Annual report on the Civil Veterinary Department, Burma (including the Insein Veterinary School) - 1923-1931
Year: 1923
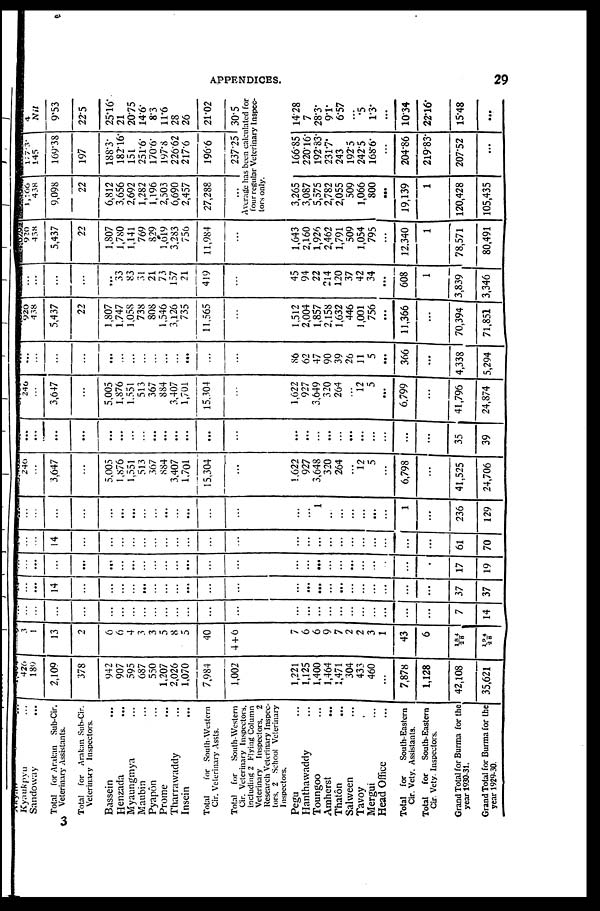
APPENDICES.
29
Kyaukpyu ...
Sandoway ...
Total for Arakan
Sub-Cir.
Veterinary Assistants.
Total for Arakan Sub-Cir.
Veterinary Inspectors.
Bassein ...
Henzada ...
Myaungmya ...
Maubin ...
Pyapôn ...
Prome ...
Tharrawaddy ...
Insein ...
Total
for South-Western
Cir. Veterinary Assts.
Total for
South-Western
Cir. Veterinary Inspectors.
including 2 Flying Column
Veterinary Inspectors. 2
Research Veterinary Inspec-
tors. 2 School Veterinary
Inspectors.
Pegu ...
Hanthawaddy ...
Toungoo ...
Amherst ...
Thatôn ...
Salween ...
Tavoy ...
Mergui ...
Head Office ...
Total for South-Eastern
Cir. Vety. Assistants.
Total
for
South-Eastern
Cir. Vety. Inspectors.
Grand Total for Burma for the
year 1930-31.
Grand Total for Burma for the
year 1929- 30.
426
180
2,109
378
942
907
595
687
550
1,207
2,026
1,070
7,984
1,002
1,221
1,125
1,400
1,464
1,471
304
433
460
...
7,878
1,128
42,108
35,621
3
1
13
2
6
6
4
3
3
5
8
5
40
4 + 6
7
6
6
9
7
2
2
3
1
43
6
1 8 4/2 8
1 9 4 / 2 8
...
...
...
...
...
...
...
...
...
...
...
...
...
...
...
...
...
...
...
...
...
...
...
...
...
7
14
...
...
14
...
...
...
...
...
...
...
...
...
...
...
...
...
...
...
...
...
...
...
...
...
...
37
37
...
...
...
...
...
...
...
...
...
...
...
...
...
...
...
...
...
...
...
...
...
...
...
...
...
17
19
...
...
14
...
...
...
...
...
...
...
...
...
...
...
...
...
...
...
...
...
...
...
...
...
...
61
70
...
...
...
...
...
...
...
...
...
...
...
...
...
...
...
...
1
...
...
...
...
...
...
1
...
236
129
246
...
3,647
...
5,005
1,876
1,551
513
367
884
3,407
1,701
15,304
...
1,622
927
3,648
320
264
...
12
5
...
6,798
...
41,525
24,706
...
...
...
...
...
...
...
...
...
...
...
...
...
...
...
...
...
...
...
...
...
...
...
...
35
39
246
...
3,647
...
5,005
1,876
1,551
513
367
884
3,407
1,701
15,304
...
1,622
927
3,649
320
264
...
12
5
...
6.799
...
41,796
24,874
...
...
...
...
...
...
...
...
...
...
...
...
...
... ...
86
62
47
90
39
26
11
5
...
366
...
4,338
5,294
920
438
5,437
22
1,807
1,747
1,058
738
808
1,546
3,126
735
11,565
1,512
2,004
1,857
2,158
1,632
446
1,001
756
11,366
...
70,394
71,851
...
...
...
...
...
33
83
31
21
73
157
21
419
...
45
94
22
214
120
37
42
34
...
608
1
3,839
3,346
920
438
5,437
22
1,807
1,780
1,141
769
829
1,619
3,283
756
11,984
...
1,643
2,160
1,926
2,462
1,791
509
1,054
795
...
12.340
1
78,571
80,491
1,166
438
9,098
22
6,812
3,656
2,692
1,282
1,196
2,503
6,690
2,457
27,288
...
177.3.
145
169.38
197
188.3.
182.16.
151
251.6.
170.6.
197.8
226.62
217.6
196.6
237.25
4
Nil
9.53
22.5
25.16.
21
20.75
146.
8.3
11.6
28
26
21.02
30.5
Average has been calculated for
four regular Veterinary Inspec-
tors only.
3,265
3,087
5,575
2,782
2,055
509
1,066
800
...
19,139
1
120,428
105,435
166.85
220.16.
192.83.
231.7.
243
192.5
242.5
168.6.
...
204.86
219.83.
207.52
...
14.28
7
28.3.
9.1.
6.57
...
.5
1.3.
...
1034
22.16.
15.48
...
3